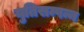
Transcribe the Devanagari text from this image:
युतिसम्पन्न